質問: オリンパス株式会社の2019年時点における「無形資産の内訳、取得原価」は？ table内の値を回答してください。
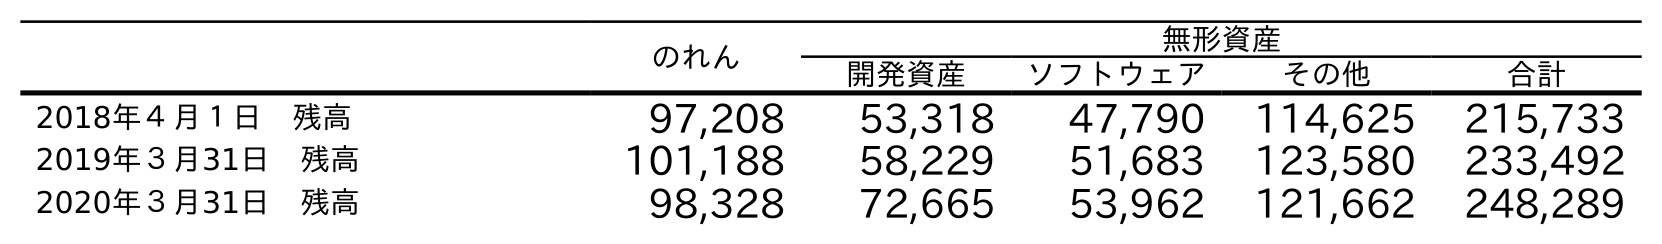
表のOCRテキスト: のれん 無形資産 開発資産 ソフトウェア その他 合計 2018年４月１日 残高 97,208 53,318 47,790 114,625 215,733 2019年３月31日 残高 101,188 58,229 51,683 123,580 233,492 2020年３月31日 残高 98,328 72,665 53,962 121,662 248,289
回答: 233,492